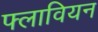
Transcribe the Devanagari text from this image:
फ्लावियन